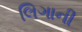
લિગાની